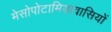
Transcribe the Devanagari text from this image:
मेसोपोटामियावासियों